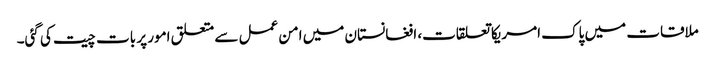
ملاقات میں پاک امریکا تعلقات، افغانستان میں امن عمل سے متعلق امور پر بات چیت کی گئی۔